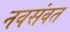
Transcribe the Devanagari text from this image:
नवसंवत